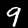
Label: 9